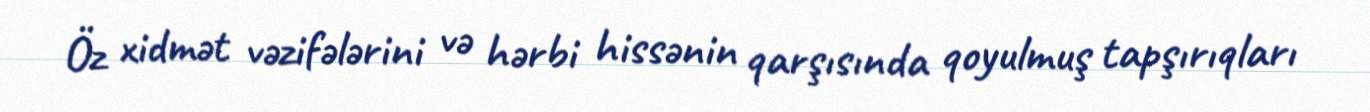
Öz xidmət vəzifələrini və hərbi hissənin qarşısında qoyulmuş tapşırıqları